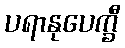
ပရာနုပေက္ခီ